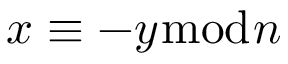
x \equiv - y { \bmod { n } }